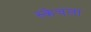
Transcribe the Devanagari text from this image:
स्केचला